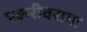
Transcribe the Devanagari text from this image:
पकरीवरामा